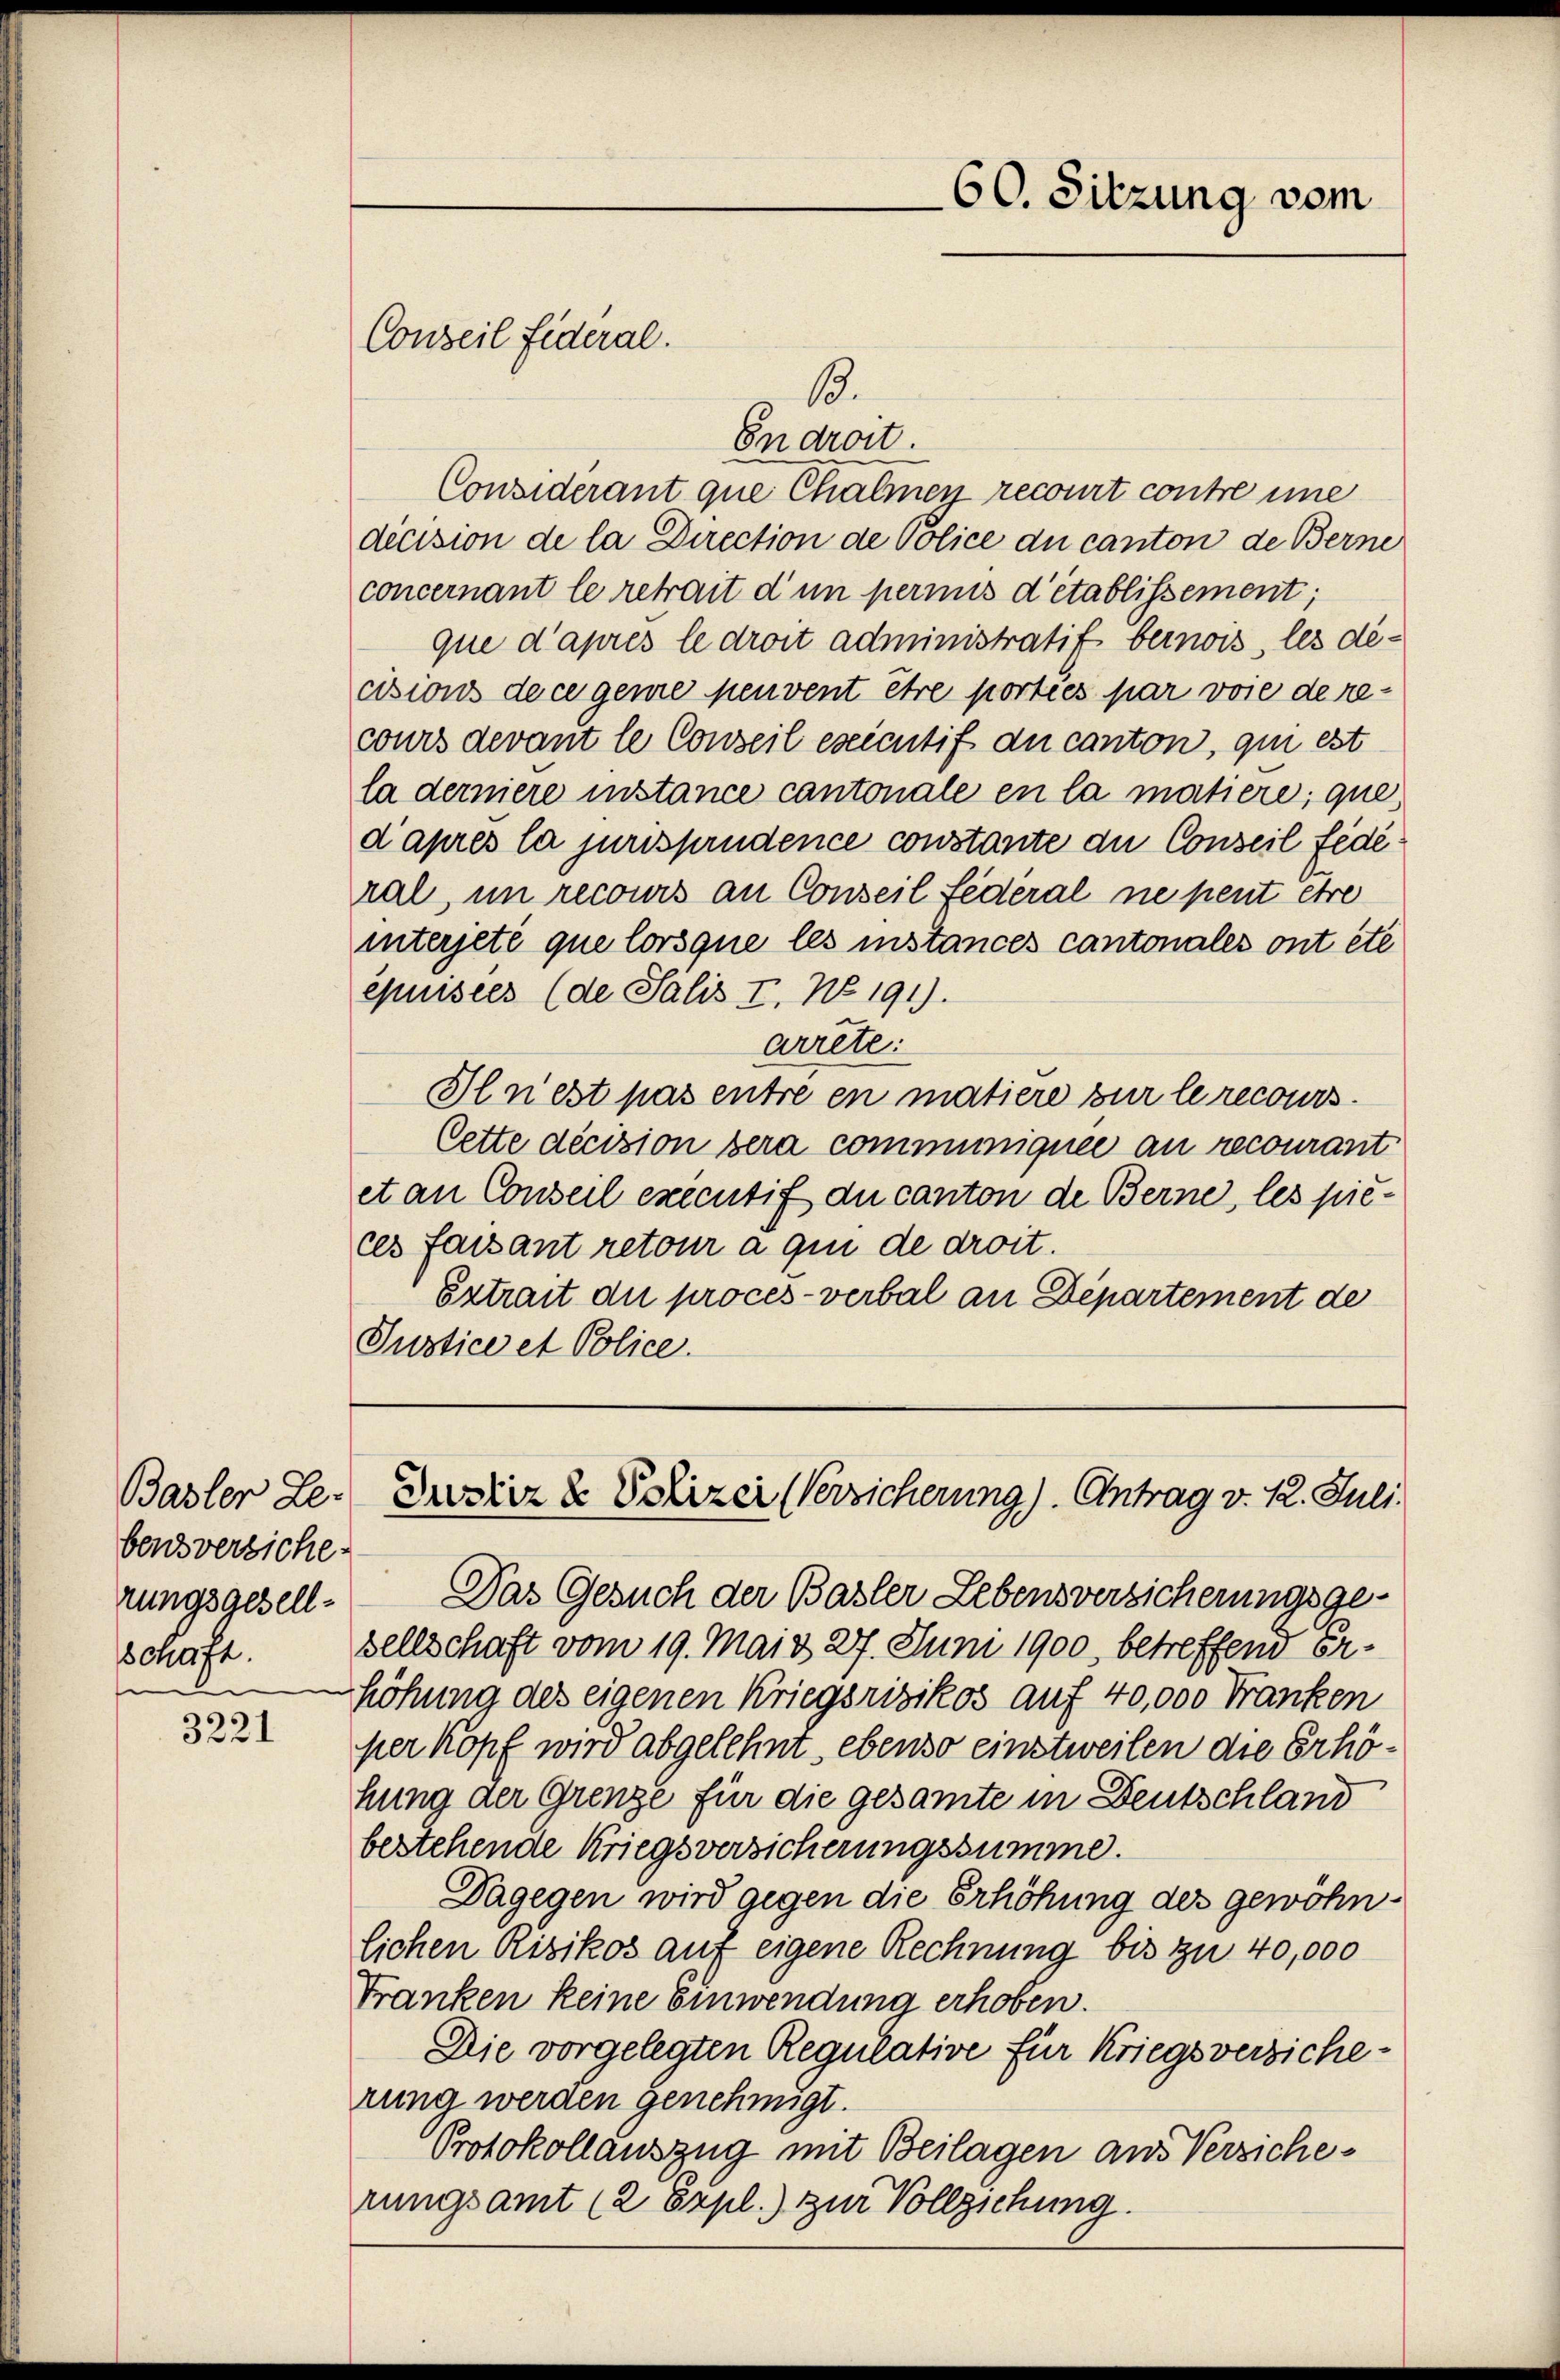
bensversiche
rungsgesell-

3221

Conseil Fideral.

60. Sitzung vom

13.
En droit.
Considérant que Chalmen recourt contre une
dicision de la Direction de Police du canton de Berne
concernant le retrait d’un permis d’établissement;
que d’après le droit administratif bernois, les décisions de ce gemie peuvent être porties par voie de recours devant le Conseil executif du canton, qui est
la derniere instance cantonale en la matière, que
d’après la jurisprudence constante du Conseil fédé
ral, in recours an Conseil fédéral ne peut être
interjeté que lorsque les instances cantonales ont été
épuisier (de Salis I, No 191).
arrête:
Il n’est pas entre en matiere zur le recours
Cette décision bera communiquée an recourantet an Conseil executif du canton de Berne, les pieces faisant retour à qui de droit.
Extrait die procès-verbal an Departement de
Justice et Police.

Basler Le. Drostiz & Polizei (Versicherung). Antrag v. 12. Juli.

Das Gesuch der Basler Lebensversicherungsgeschaft. Hellschaft vom 19. Mai & 27. Juni 1900, betreffend Erhöhung des eigenen Kriegsrisikos auf 40,000 Franken
per kopf wird abgelehnt, ebenso einstweilen die Erhöhung der Grenze für die gesamte in Deutschland
bestehende Kriegsversicherungssumme.
Dagegen wird gegen die Erhöhung des gewöhnlichen Risikos auf eigene Rechnung bis zu 40,000
Franken keine Einwendung erhoben.
Die vorgelegten Regulative für Kriegsversicherung werden genehmigt.
Protokollauszug mit Beilagen aus Versicherungsamt (2 Supl.) zur Vollziehung.